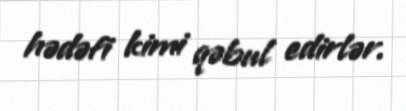
hədəfi kimi qəbul edirlər.